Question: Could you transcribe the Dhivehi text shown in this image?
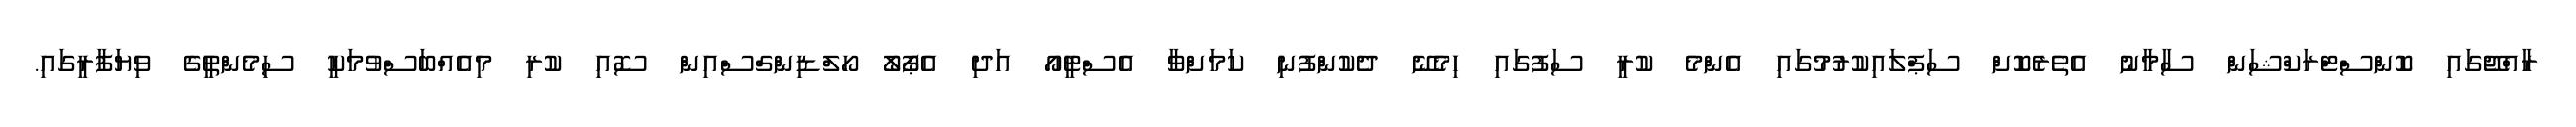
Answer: ރާއްޖޭގައި ކޮންސްޓްރަކްޝަން ސާމާނު އެތެރެކޮށް ސަޕްލައިކުރުމުގައި އެންމެ ކުރީ ސަފުގައި ހިމެނޭ ދެކުންފުނި ކަމަށްވާ އެސްޓީއޯ އަދި އެޕޯލޯ ހޯލްޑިންގްސްއިން ސޮއި ކުރި މިއެއްބަސްވުމަކީ ސިމެންތީގެ ވިޔަފާރީގައި.